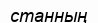
станның